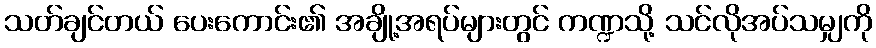
သတ်ချင်တယ် ပေးကောင်း၏ အချို့အရပ်များတွင် ကဏ္ဍသို့ သင်လိုအပ်သမျှကို